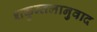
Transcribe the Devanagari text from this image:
शकुन्तलानुवाद